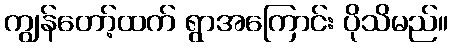
ကျွန်တော့်ထက် ရွာအကြောင်း ပိုသိမည်။